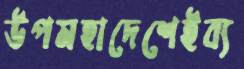
উপমহাদেশেইব্য